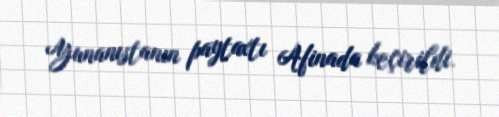
Yunanıstanın paytaxtı Afinada keçirildi.